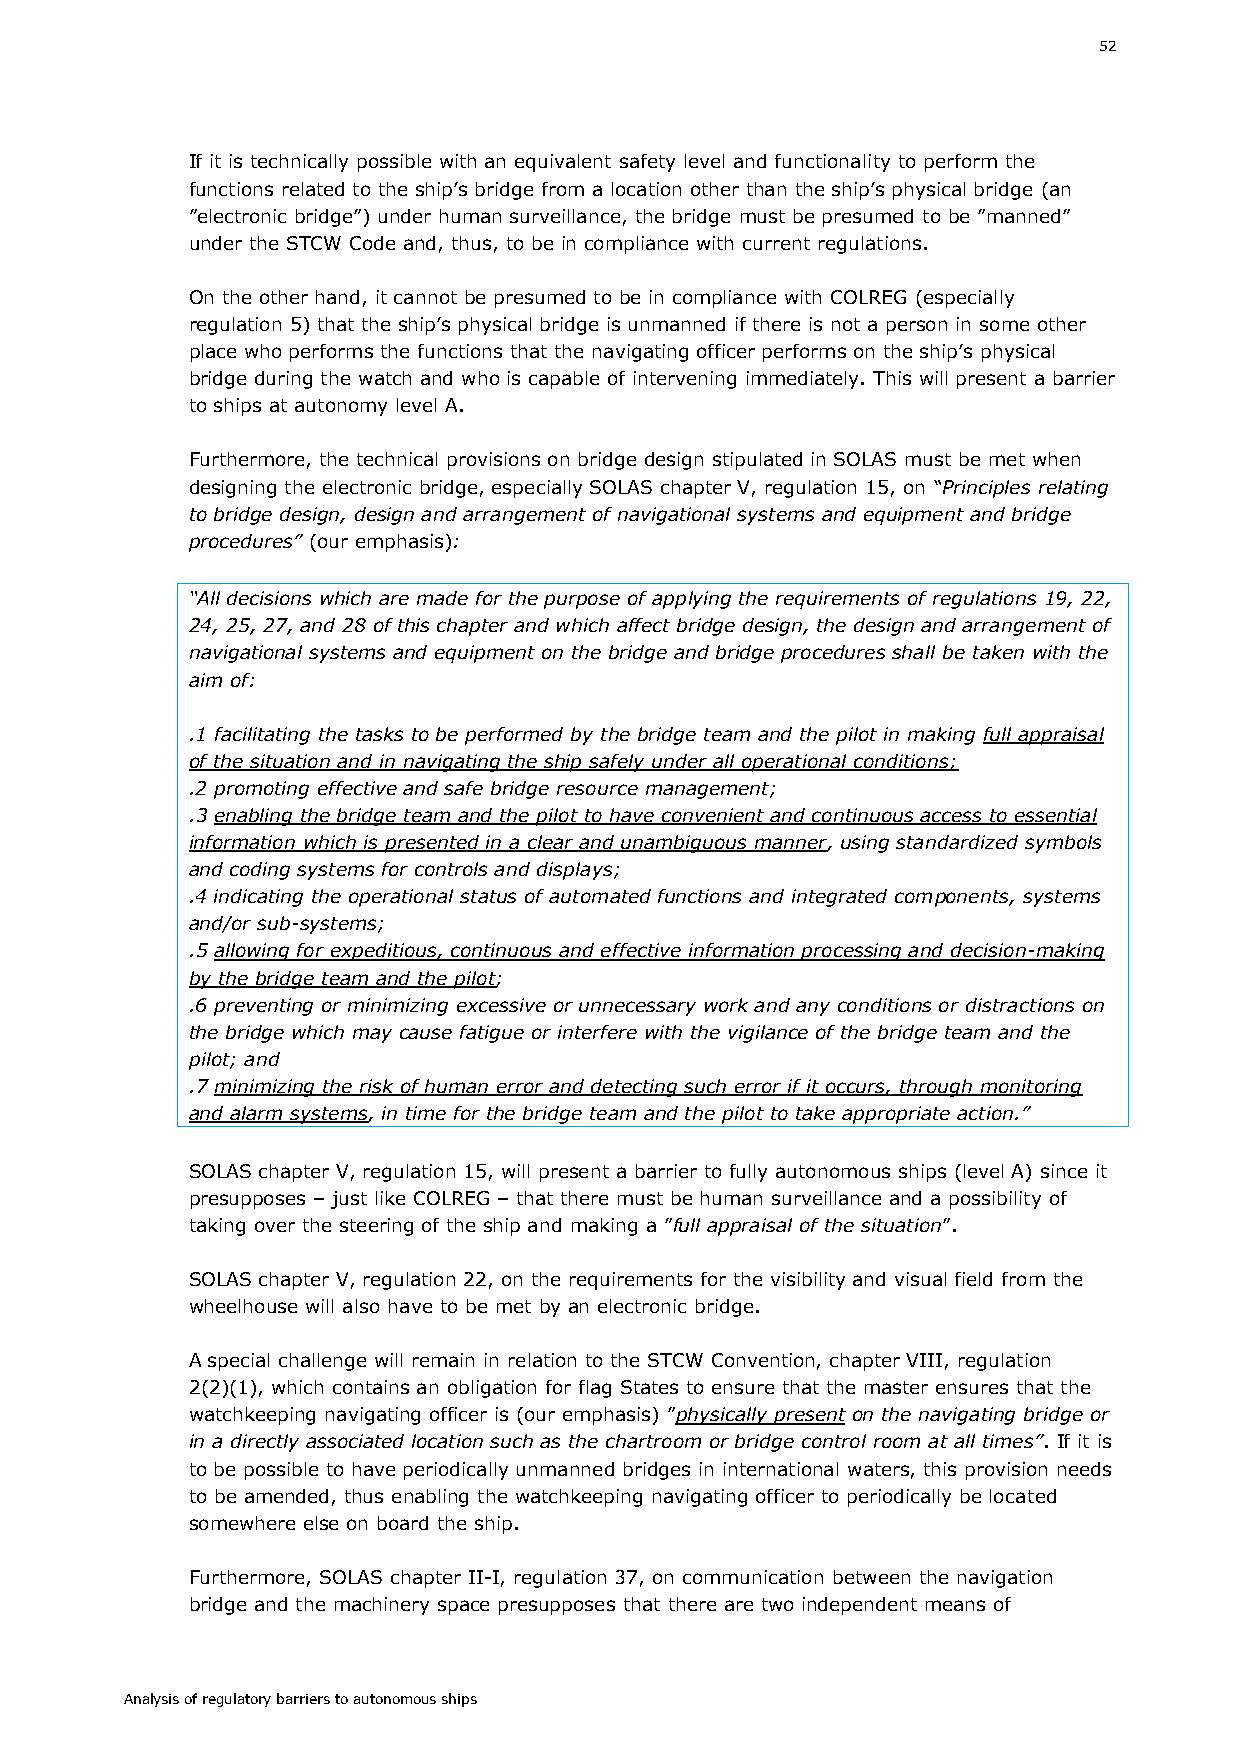
52
 If it is technically possible with an equivalent safety level and functionality to perform the
 functions related to the ship’s bridge from a location other than the ship’s physical bridge (an
 ”electronic bridge”) under human surveillance, the bridge must be presumed to be ”manned”
 under the STCW Code and, thus, to be in compliance with current regulations.
 On the other hand, it cannot be presumed to be in compliance with COLREG (especially
 regulation 5) that the ship’s physical bridge is unmanned if there is not a person in some other
 place who performs the functions that the navigating officer performs on the ship’s physical
 bridge during the watch and who is capable of intervening immediately. This will present a barrier
 to ships at autonomy level A.
 Furthermore, the technical provisions on bridge design stipulated in SOLAS must be met when
 designing the electronic bridge, especially SOLAS chapter V, regulation 15, on “Principles relating
 to bridge design, design and arrangement of navigational systems and equipment and bridge
 procedures” (our emphasis):
 “All decisions which are made for the purpose of applying the requirements of regulations 19, 22,
 24, 25, 27, and 28 of this chapter and which affect bridge design, the design and arrangement of
 navigational systems and equipment on the bridge and bridge procedures shall be taken with the
 aim of:
 .1 facilitating the tasks to be performed by the bridge team and the pilot in making full appraisal
 of the situation and in navigating the ship safely under all operational conditions;
 .2 promoting effective and safe bridge resource management;
 .3 enabling the bridge team and the pilot to have convenient and continuous access to essential
 information which is presented in a clear and unambiguous manner, using standardized symbols
 and coding systems for controls and displays;
 .4 indicating the operational status of automated functions and integrated components, systems
 and/or sub-systems;
 .5 allowing for expeditious, continuous and effective information processing and decision-making
 by the bridge team and the pilot;
 .6 preventing or minimizing excessive or unnecessary work and any conditions or distractions on
 the bridge which may cause fatigue or interfere with the vigilance of the bridge team and the
 pilot; and
 .7 minimizing the risk of human error and detecting such error if it occurs, through monitoring
 and alarm systems, in time for the bridge team and the pilot to take appropriate action.”
 SOLAS chapter V, regulation 15, will present a barrier to fully autonomous ships (level A) since it
 presupposes – just like COLREG – that there must be human surveillance and a possibility of
 taking over the steering of the ship and making a ”full appraisal of the situation”.
 SOLAS chapter V, regulation 22, on the requirements for the visibility and visual field from the
 wheelhouse will also have to be met by an electronic bridge.
 A special challenge will remain in relation to the STCW Convention, chapter VIII, regulation
 2(2)(1), which contains an obligation for flag States to ensure that the master ensures that the
 watchkeeping navigating officer is (our emphasis) ”physically present on the navigating bridge or
 in a directly associated location such as the chartroom or bridge control room at all times”. If it is
 to be possible to have periodically unmanned bridges in international waters, this provision needs
 to be amended, thus enabling the watchkeeping navigating officer to periodically be located
 somewhere else on board the ship.
 Furthermore, SOLAS chapter II-I, regulation 37, on communication between the navigation
 bridge and the machinery space presupposes that there are two independent means of
 Analysis of regulatory barriers to autonomous ships